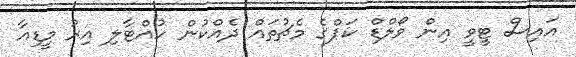
އައިސް ޓީވީ އިން ވޯލްޑް ކަޕްގެ މެޗުތައް ދެއްކުން ހުއްޓާލި އިރު މީޑިއާ